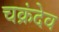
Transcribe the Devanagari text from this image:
चक्रंदेव